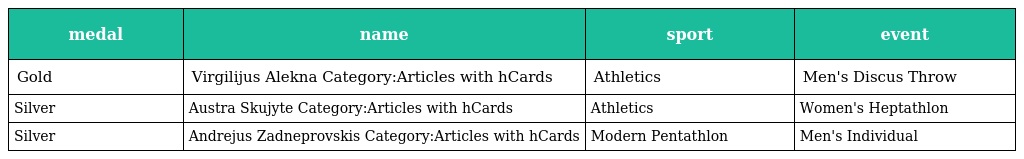
| medal | name | sport | event |
 | --- | --- | --- | --- |
 | Gold | Virgilijus Alekna Category:Articles with hCards | Athletics | Men's Discus Throw |
 | Silver | Austra Skujyte Category:Articles with hCards | Athletics | Women's Heptathlon |
 | Silver | Andrejus Zadneprovskis Category:Articles with hCards | Modern Pentathlon | Men's Individual |